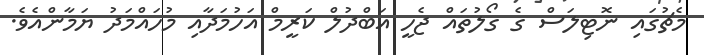
މެޗުގައި ނޮޓިލަސް ގެ ގޯލުތައް ޖެހީ އަބްދުލް ކަރީމް އަހުމަދާއި މުހައްމަދު ޔަމާންއެވެ.